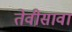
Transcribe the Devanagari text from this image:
तेवीसावा